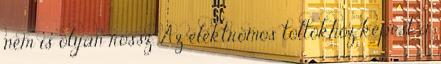
nem is olyan rossz. Az elektromos töltőkhöz képest a